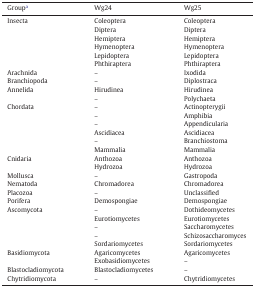
<table><thead><tr><td><b>Groupa</b></td><td><b>Wg24</b></td><td><b>Wg25</b></td></tr></thead><tbody><tr><td>Insecta</td><td>Coleoptera</td><td>Coleoptera</td></tr><tr><td>Diptera</td><td>Diptera</td></tr><tr><td>Hemiptera</td><td>Hemiptera</td></tr><tr><td>Hymenoptera</td><td>Hymenoptera</td></tr><tr><td>Lepidoptera</td><td>Lepidoptera</td></tr><tr><td>Phthiraptera</td><td>Phthiraptera</td></tr><tr><td>Arachnida</td><td>–</td><td>Ixodida</td></tr><tr><td>Branchiopoda</td><td>–</td><td>Diplostraca</td></tr><tr><td>Annelida</td><td>Hirudinea</td><td>Hirudinea</td></tr><tr><td>–</td><td>Polychaeta</td></tr><tr><td>Chordata</td><td>–</td><td>Actinopterygii</td></tr><tr><td>–</td><td>Amphibia</td></tr><tr><td>–</td><td>Appendicularia</td></tr><tr><td>Ascidiacea</td><td>Ascidiacea</td></tr><tr><td>–</td><td>Branchiostoma</td></tr><tr><td>Mammalia</td><td>Mammalia</td></tr><tr><td>Cnidaria</td><td>Anthozoa</td><td>Anthozoa</td></tr><tr><td>Hydrozoa</td><td>Hydrozoa</td></tr><tr><td>Mollusca</td><td>–</td><td>Gastropoda</td></tr><tr><td>Nematoda</td><td>Chromadorea</td><td>Chromadorea</td></tr><tr><td>Placozoa</td><td>–</td><td>Unclassified</td></tr><tr><td>Porifera</td><td>Demospongiae</td><td>Demospongiae</td></tr><tr><td>Ascomycota</td><td>–</td><td>Dothideomycetes</td></tr><tr><td>Eurotiomycetes</td><td>Eurotiomycetes</td></tr><tr><td>–</td><td>Saccharomycetes</td></tr><tr><td>–</td><td>Schizosaccharomyces</td></tr><tr><td>Sordariomycetes</td><td>Sordariomycetes</td></tr><tr><td>Basidiomycota</td><td>Agaricomycetes</td><td>Agaricomycetes</td></tr><tr><td>Exobasidiomycetes</td><td>–</td></tr><tr><td>Blastocladiomycota</td><td>Blastocladiomycetes</td><td>–</td></tr><tr><td>Chytridiomycota</td><td>–</td><td>Chytridiomycetes</td></tr></tbody></table>